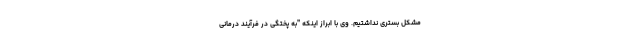
مشکل بستری نداشتیم. وی با ابراز اینکه "به پختگی در فرآیند درمانی